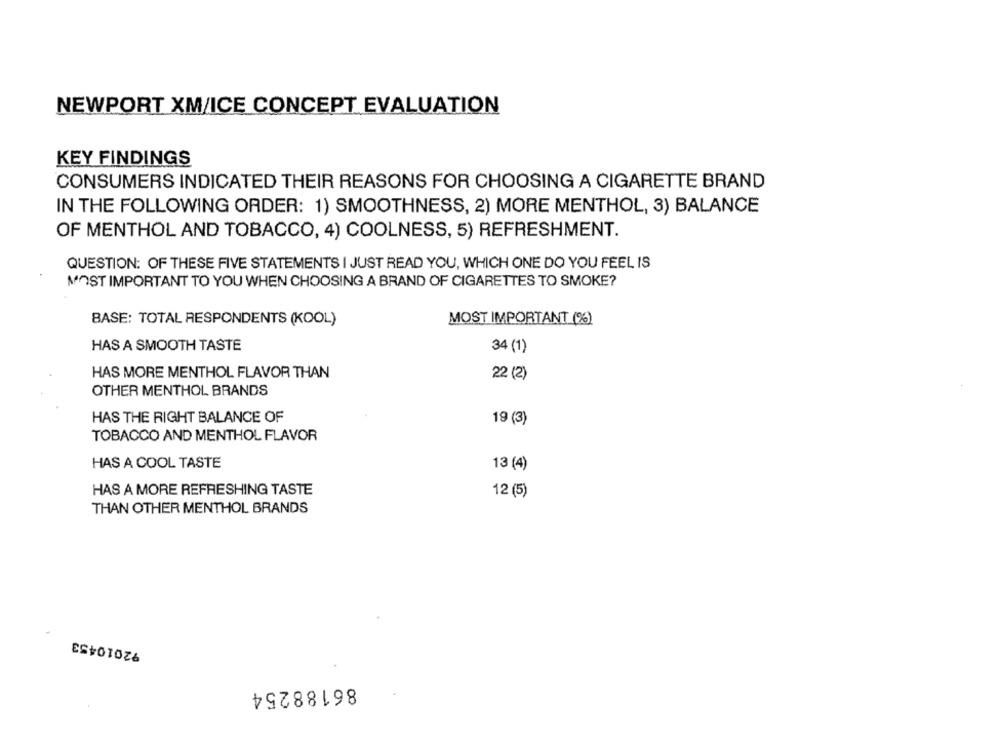
NEWPORT XM/ICE CONCEPT EVALUATION
KEY FINDINGS
CONSUMERS INDICATED THEIR REASONS FOR CHOOSING A CIGARETTE BRAND
IN THE FOLLOWING ORDER: 1) SMOOTHNESS, 2) MORE MENTHOL, 3) BALANCE
OF MENTHOL AND TOBACCO, 4) COOLNESS, 5) REFRESHMENT.
QUESTION: OF THESE FIVE STATEMENTS I JUST READ YOU, WHICH ONE DO YOU FEEL IS
MOST IMPORTANT TO YOU WHEN CHOOSING A BRAND OF CIGARETTES TO SMOKE?
MOST IMPORTANT (%)
BASE: TOTAL RESPONDENTS (KOOL)
HAS A SMOOTH TASTE
34 (1)
HAS MORE MENTHOL FLAVOR THAN
22 (2)
OTHER MENTHOL BRANDS
HAS THE RIGHT BALANCE OF
19 (3)
TOBACCO AND MENTHOL FLAVOR
HAS A COOL TASTE
13 (4)
HAS A MORE REFRESHING TASTE
12 (5)
THAN OTHER MENTHOL BRANDS
92010453
86188254